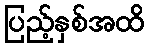
ပြည့်နှစ်အထိ